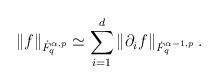
LaTeX: \begin{align*}\left\Vert f \right\Vert_{\dot{F}^{\alpha, p}_q} \simeq \sum_{i=1}^d \left\Vert \partial_i f \right\Vert_{\dot{F}^{\alpha-1, p}_q}.\end{align*}